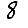
Digit: 8